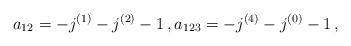
LaTeX: \begin{align*}a_{12} = -j^{(1)} - j^{(2)} - 1 \,, a_{123} = - j^{(4)} - j^{(0)} -1 \,, \end{align*}